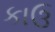
કાઉ